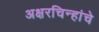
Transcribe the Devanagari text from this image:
अक्षरचिन्हांचे